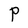
Character: P